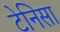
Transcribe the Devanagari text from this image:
टेनिसा